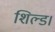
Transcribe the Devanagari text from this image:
शिल्ड।